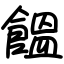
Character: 饂